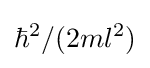
\hbar ^{2}/(2ml^{2})